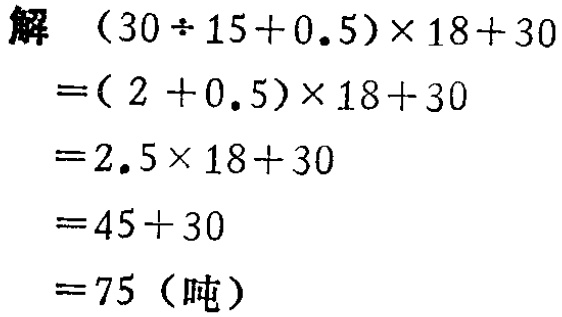
解
\[
\begin{align*}
&(30\div15 + 0.5)\times18 + 30\\
=&(2 + 0.5)\times18 + 30\\
=&2.5\times18 + 30\\
=&45 + 30\\
=&75\ (\text{吨})
\end{align*}
\]